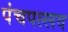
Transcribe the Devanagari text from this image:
पंचपल्लव